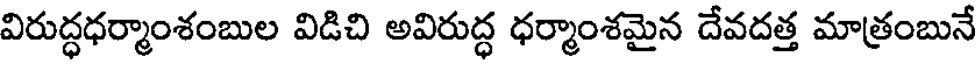
విరుద్ధధర్మాంశంబుల విడిచి అవిరుద్ధ ధర్మాంశమైన దేవదత్త మాత్రంబునే